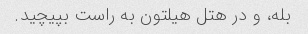
بله، و در هتل هیلتون به راست بپیچید.